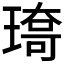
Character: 𤨯